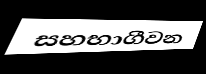
සහභාගීවන